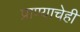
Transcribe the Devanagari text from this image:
प्राण्याचेही